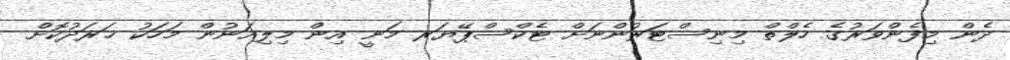
ދެން މިފެންވަރުގެ ހެލްތް މިނިސްޓަރުންނަށް ޓެކްސްޕޭޔަރ މަނީ އިން މިލިއަނުން މަހަކު ޚަރަދުކޮށް